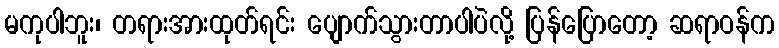
မကုပါဘူး၊ တရားအားထုတ်ရင်း ပျောက်သွားတာပါပဲလို့ ပြန်ပြောတော့ ဆရာဝန်က